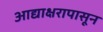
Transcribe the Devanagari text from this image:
आद्याक्षरापासून